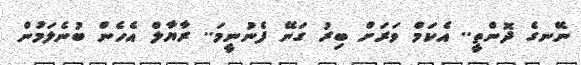
ނޭނގެ ދޮންތީ.. އެކަމް ވަރަށް ބިރު ގަނޭ ފެނުނީމަ.. ރާޔާލް އެހެން ބުނެލަމުން